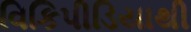
વિકિપીડિયાથી